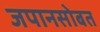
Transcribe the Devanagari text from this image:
जपानसोबत